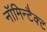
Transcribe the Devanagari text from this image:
नॉमिन्टैक्ट